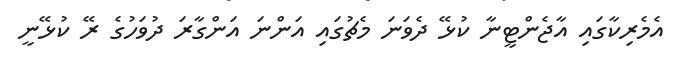
އެމެރިކާގައި އާޖެންޓީނާ ކުޅޭ ދެވަނަ މެޗުގައި އަންނަ އަންގާރަ ދުވަހުގެ ރޭ ކުޅޭނީ